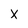
Character: X